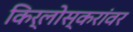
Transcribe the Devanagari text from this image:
किर्लोस्करांवर